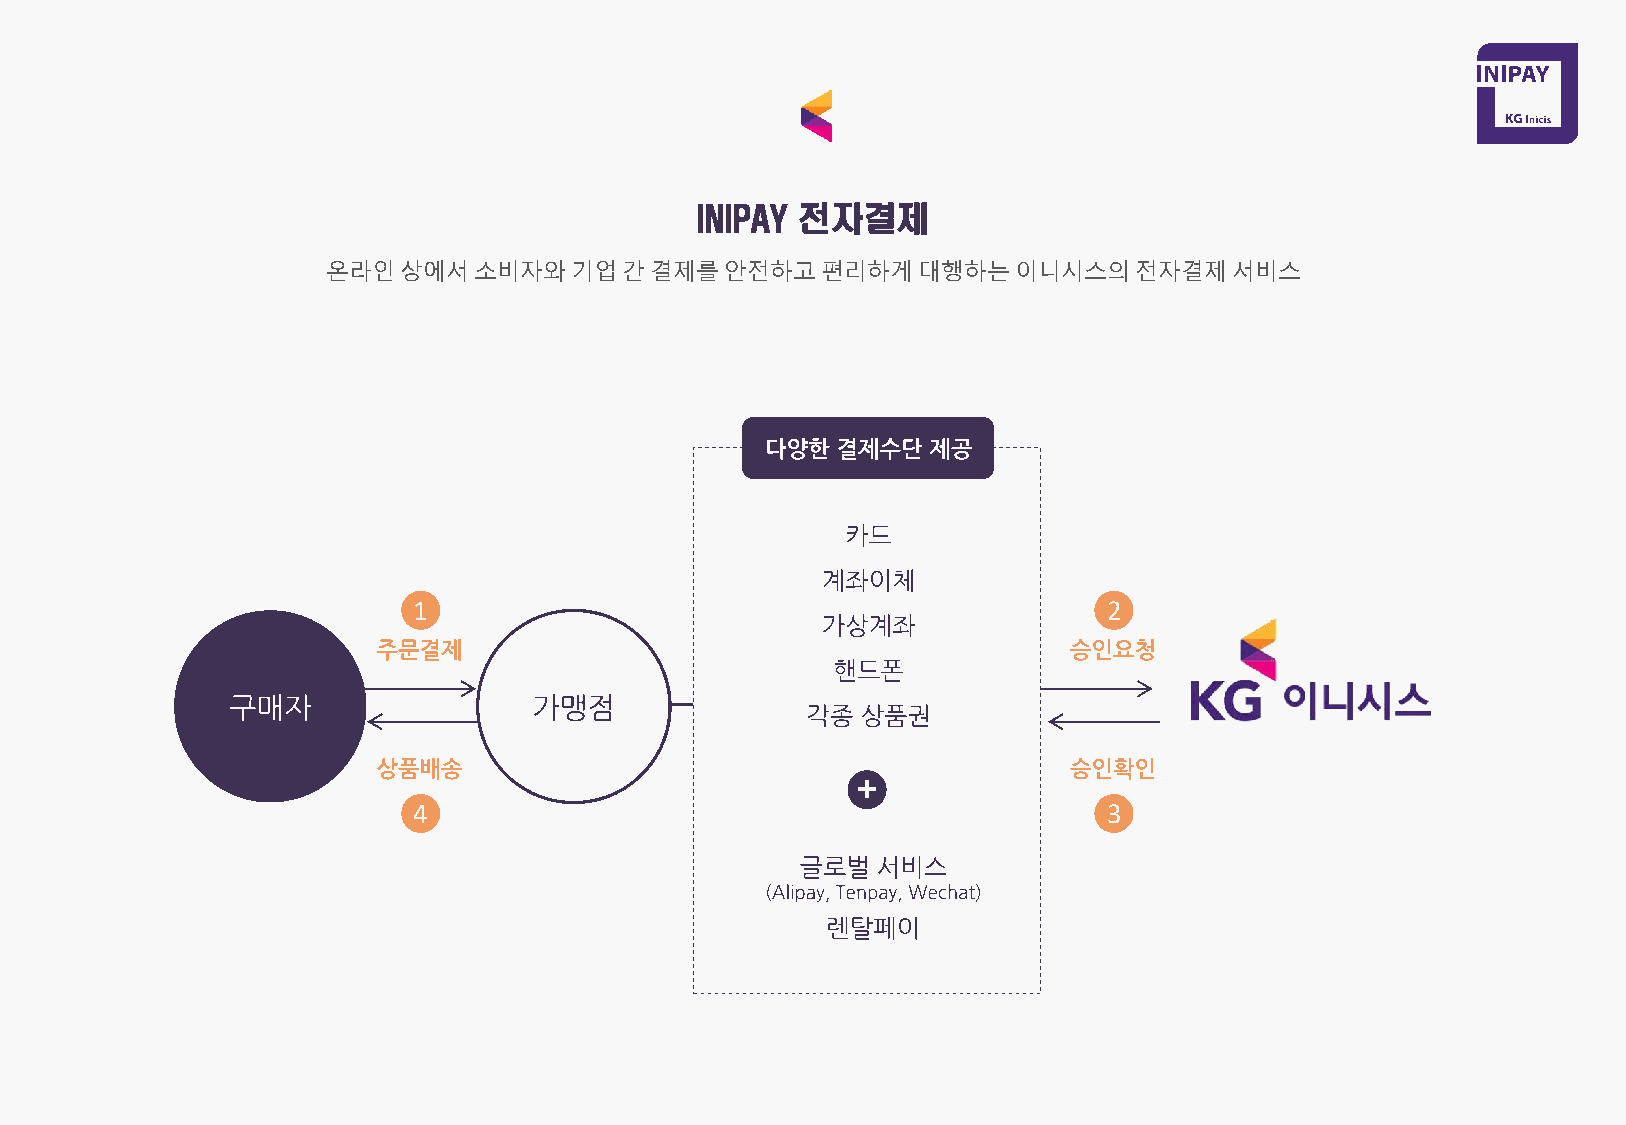
INIPAY 전자결제
 온라인상에서소비자와기업간결제를안전하고편리하게대행하는이니시스의전자결제서비스
 1                                             2
 4                                             3